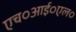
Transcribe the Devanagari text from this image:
एच०आई०एल०